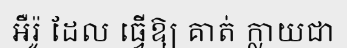
អឺរ៉ូ ដែល ធ្វើឱ្យ គាត់ ក្លាយជា